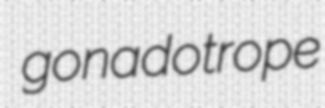
gonadotrope